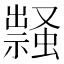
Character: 𧑎